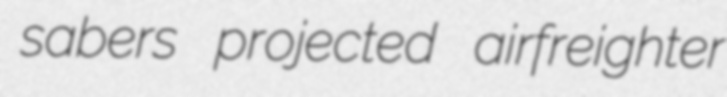
sabers projected airfreighter